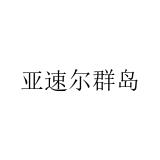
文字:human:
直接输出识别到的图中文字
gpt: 亚速尔群岛